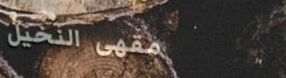
مقهى النخيل